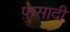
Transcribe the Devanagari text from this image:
फ़सादी